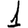
Digit: 1